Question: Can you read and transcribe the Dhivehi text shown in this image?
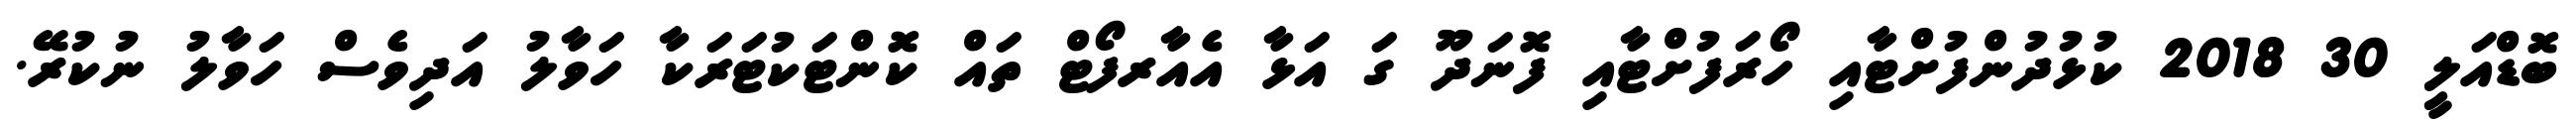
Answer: ބޮޑްއަލީ 30 2018 ކުޅުދުންފުށްޓާއި ހޯރަފުށްޓާއި ފޮނަދޫ ގަ އަޅާ އެއާރފޯޓް ތައް ކޮންޓަކުޓަރަކާ ހަވާލު އަދިވެސް ހަވާލު ނުކުރޭ.